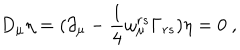
D _ { \mu } \eta = ( \partial _ { \mu } - \frac { 1 } { 4 } \omega _ { \mu } ^ { r s } \Gamma _ { r s } ) \eta = 0 ~ ,